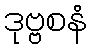
ဒုဗ္ဗစနံ